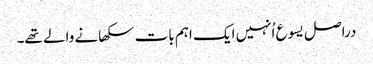
‏ دراصل یسوع اُنہیں ایک اہم بات سکھانے والے تھے۔